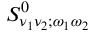
S _ { \nu _ { 1 } \nu _ { 2 } ; \omega _ { 1 } \omega _ { 2 } } ^ { 0 }